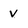
Character: v